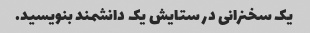
یک سخنرانی در ستایش یک دانشمند بنویسید.